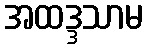
အထဒ္ဒသာမ